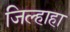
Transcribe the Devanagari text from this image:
जिल्हाहा